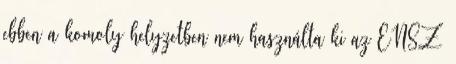
ebben a komoly helyzetben nem használta ki az ENSZ